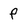
Character: P